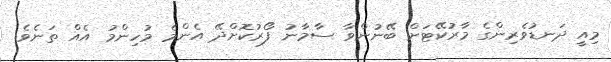
މިއީ ދަނޑުވެރިންގެ މާރުކޭޓަށް ބޭނުންވާ ސާމާނު ފޯރުކޮށްދޭ އެންމެ މުހިންމު އެއް ތަނެވެ.